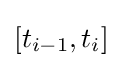
[t_{i-1},t_{i}]